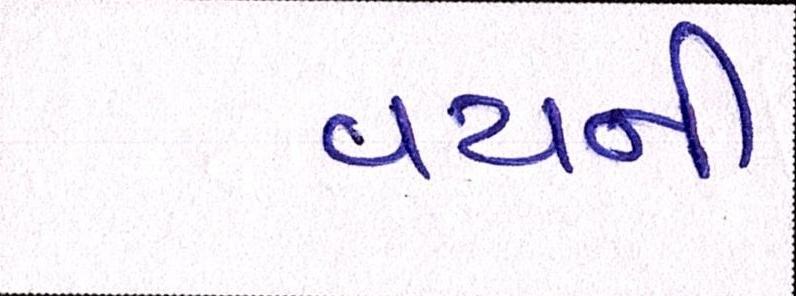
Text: વયની